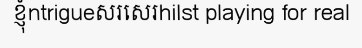
ខ្ញុំntrigueសរសេរhilst playing for real